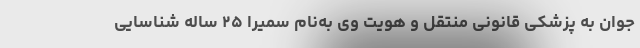
جوان به پزشکی قانونی منتقل و هویت وی به‌نام سمیرا ۲۵ ساله شناسایی